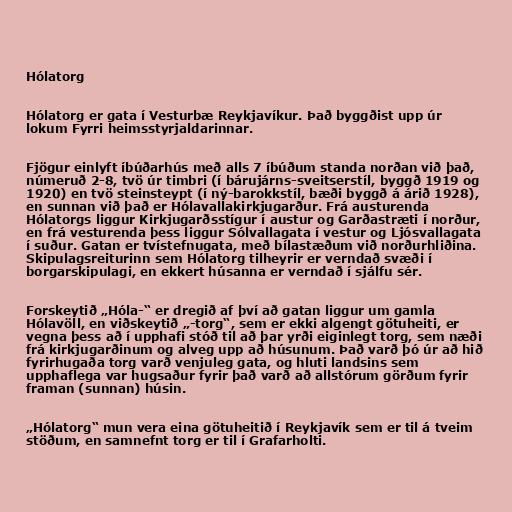
Hólatorg

Hólatorg er gata í Vesturbæ Reykjavíkur. Það byggðist upp úr
lokum Fyrri heimsstyrjaldarinnar.

Fjögur einlyft íbúðarhús með alls 7 íbúðum standa norðan við það,
númeruð 2-8, tvö úr timbri (í bárujárns-sveitserstíl, byggð 1919 og
1920) en tvö steinsteypt (í ný-barokkstíl, bæði byggð á árið 1928),
en sunnan við það er Hólavallakirkjugarður. Frá austurenda
Hólatorgs liggur Kirkjugarðsstígur í austur og Garðastræti í norður,
en frá vesturenda þess liggur Sólvallagata í vestur og Ljósvallagata
í suður. Gatan er tvístefnugata, með bílastæðum við norðurhliðina.
Skipulagsreiturinn sem Hólatorg tilheyrir er verndað svæði í
borgarskipulagi, en ekkert húsanna er verndað í sjálfu sér.

Forskeytið „Hóla-“ er dregið af því að gatan liggur um gamla
Hólavöll, en viðskeytið „-torg“, sem er ekki algengt götuheiti, er
vegna þess að í upphafi stóð til að þar yrði eiginlegt torg, sem næði
frá kirkjugarðinum og alveg upp að húsunum. Það varð þó úr að hið
fyrirhugaða torg varð venjuleg gata, og hluti landsins sem
upphaflega var hugsaður fyrir það varð að allstórum görðum fyrir
framan (sunnan) húsin.

„Hólatorg“ mun vera eina götuheitið í Reykjavík sem er til á tveim
stöðum, en samnefnt torg er til í Grafarholti.